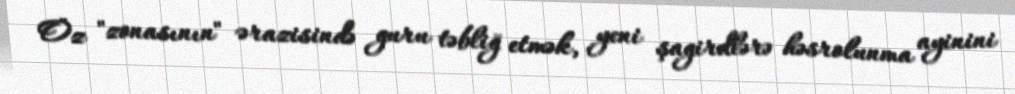
Öz "zonasının" ərazisində guru təbliğ etmək, yeni şagirdlərə həsrolunma ayinini